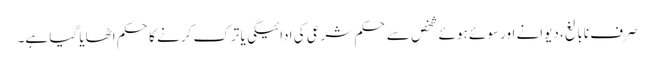
صرف نابالغ، دیوانے اور سوئے ہوئے شخص سے حکم شرعی کی ادائیگی یا ترک کرنے کا حکم اٹھایا گیا ہے۔